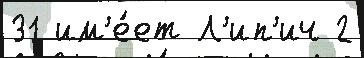
31 им'е́ет Л'ип'ич 2